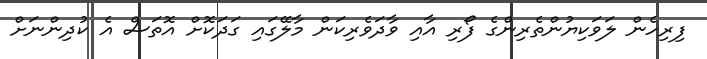
ފިރިހެން ލަވަކިޔުންތެރިންގެ ފޯރި އާއި ވާދަވެރިކަން މާލޭގައި ގަދަކޮށް އޮތަސް އެ ކުދިންނަށް